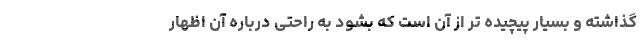
گذاشته و بسیار پیچیده تر از آن است که بشود به راحتی درباره آن اظهار